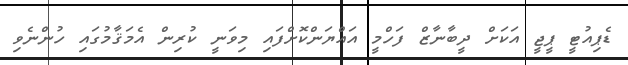
ޑެޕިއުޓީ ޕީޖީ އަކަށް ދީބާނާޒް ފަހްމީ އައްޔަންކޮށްފައި މިވަނީ ކުރިން އެމަޤާމުގައި ހުންނެވި